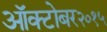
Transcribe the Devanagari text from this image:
ऑक्टोबर२०१५